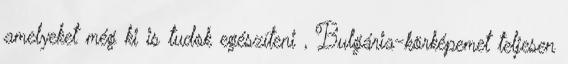
amelyeket még ki is tudok egészíteni , Bulgária-körképemet teljesen